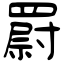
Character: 罻